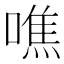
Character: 噍